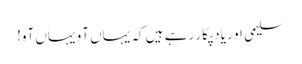
سلیمی او ر یاد پکار رہے ہیں کہ یہاں آو یہاں آو!